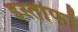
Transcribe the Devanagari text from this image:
इस्तीफों